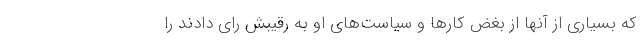
که بسیاری از آنها از بغض کارها و سیاست‌های او به رقیبش رای دادند را